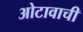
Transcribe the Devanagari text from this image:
ओटावाची